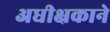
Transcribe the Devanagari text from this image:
अधीक्षकाने